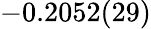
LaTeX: -0.2052(29)